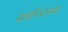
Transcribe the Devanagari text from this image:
सर्वानंदनाथ